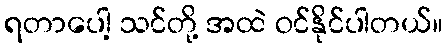
ရတာပေါ့ သင်တို့ အထဲ ဝင်နိုင်ပါတယ်။